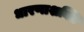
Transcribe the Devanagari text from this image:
धारणाशक्ति